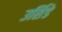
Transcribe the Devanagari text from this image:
उर्सिडे